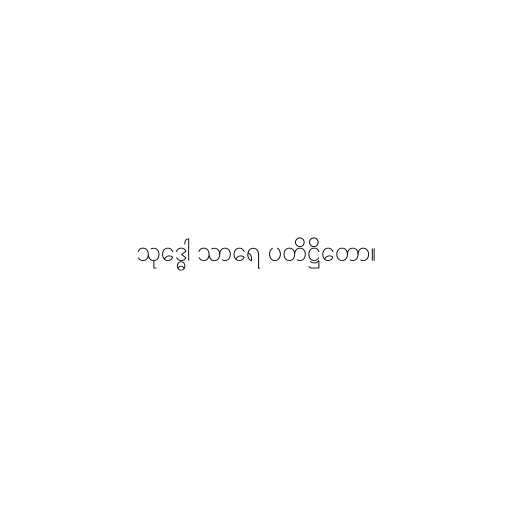
သုဒ္ဓေါ သာရေ ပတိဋ္ဌိတော။